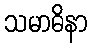
သမာဓိနာ